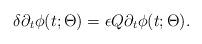
LaTeX: \begin{align*}\delta \partial_{t}\phi (t;\Theta ) = \epsilon Q\partial_{t}\phi (t;\Theta ).\end{align*}